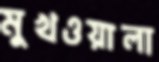
মুখওয়ালা